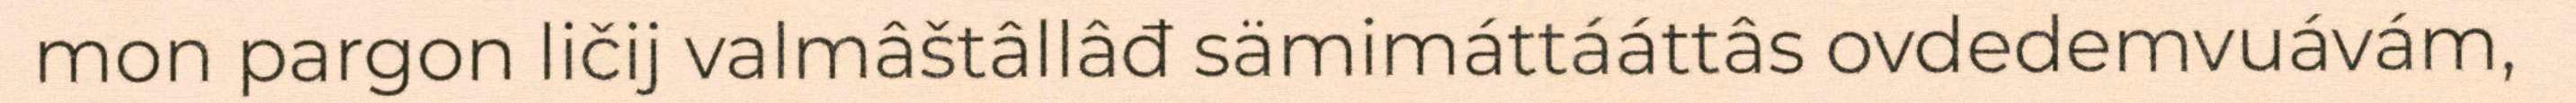
mon pargon ličij valmâštâllâđ sämimáttááttâs ovdedemvuávám,